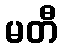
မတီ